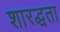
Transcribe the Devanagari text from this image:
शारद्धता